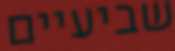
שביעיים